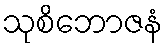
သုစိဘောဇနံ